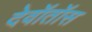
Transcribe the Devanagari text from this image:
देवॉतॉस